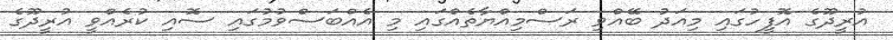
އުރީދޫގެ އޮފީހުގައި މިއަދު ބޭއްވި ރަސްމިއްޔާތެއްގައި މި އެއްބަސްވުމުގައި ސޮއި ކުރެއްވީ އުރީދޫގެ